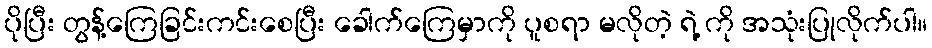
ပိုပြီး တွန့်ကြေခြင်းကင်းစေပြီး ခေါက်ကြေမှာကို ပူစရာ မလိုတဲ့ ရဲ့ ကို အသုံးပြုလိုက်ပါ။